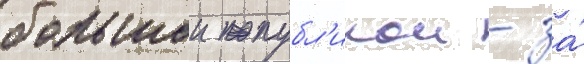
большои публ'икои - за́